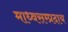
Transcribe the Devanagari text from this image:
माध्वसम्प्रदाय